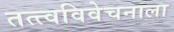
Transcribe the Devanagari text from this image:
तत्त्वविवेचनाला